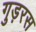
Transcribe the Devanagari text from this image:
गुड़रस